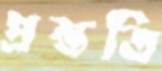
প্রস্ততি